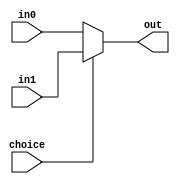
`timescale 1ns / 1ps
//////////////////////////////////////////////////////////////////////////////////
// Company: 
// Engineer: 
// 
// Design Name: 
// Module Name: Mux2_32bits
// Project Name: 
// Target Devices: 
// Tool Versions: 
// Description: 
// 
// Dependencies: 
// 
// Revision:
// Revision 0.01 - File Created
// Additional Comments:
// 
//////////////////////////////////////////////////////////////////////////////////


module Mux2_32bits(
    input choice,
    input [31:0] in0,
    input [31:0] in1,
    output [31:0] out
    );
    
    assign out = (choice==0) ? in0 : in1;
    
endmodule